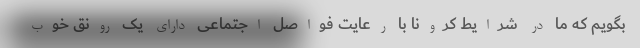
بگویم که ما در شرایط کرونا با رعایت فواصل اجتماعی دارای یک رونق خوب